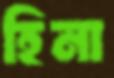
হিনা